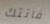
فاتتك